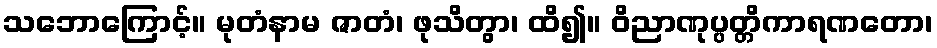
သဘောကြောင့်။ မုတံနာမ ဇာတံ၊ ဖုသိတွာ၊ ထိ၍။ ဝိညာဏုပ္ပတ္တိကာရဏတော၊